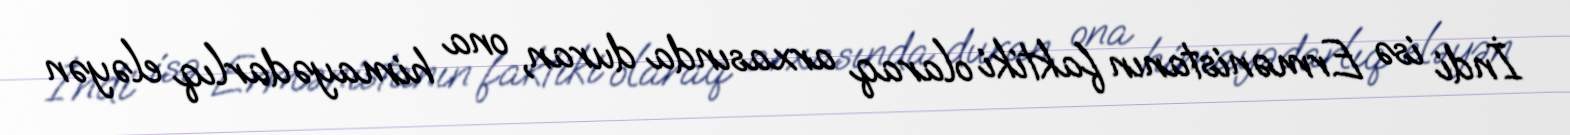
İndi isə Ermənistanın faktiki olaraq arxasında duran, ona himayədarlıq eləyən